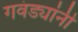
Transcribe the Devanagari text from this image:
गवंड्यांनी